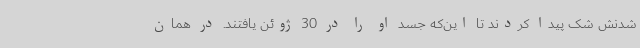
شدنش شک پیدا کردند تا این‌که جسد او را در 30 ژوئن یافتند. در همان